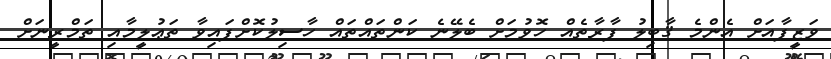
ވަޒީފާއަށް އެންމެ ޤާބިލު ފާރާތެއް ހޮވުމަށް ބެލޭނެ ކަންތައްތައް ހާސިލުކޮށްފައިވާ ތަޢުލީމާއި ތަމްރީނަށް